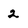
Character: 2